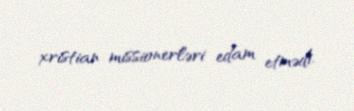
xristian missionerləri edam etmədi.